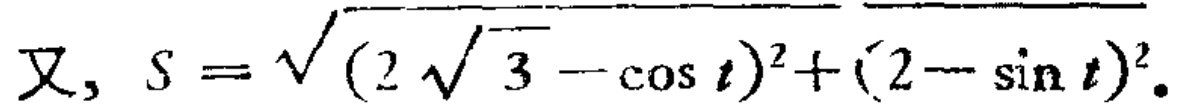
又, \(S = \sqrt{(2\sqrt{3}-\cos t)^{2}+(2 - \sin t)^{2}}\)